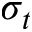
\sigma _ { t }